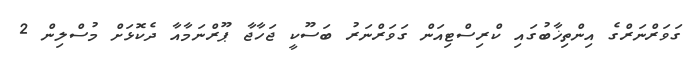
ގަވަރްނަރްގެ އިންތިޚާބުގައި ކްރިސްޓިއަން ގަވަރްނަރު ބަސޫކީ ޖަހާޖާ ޕޫރްނަމާއާ ދެކޮޅަށް މުސްލިން 2